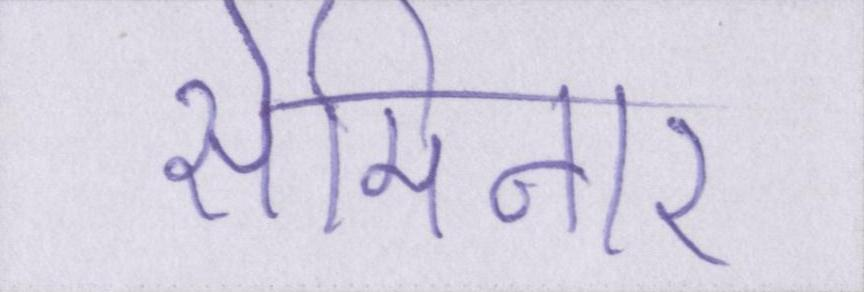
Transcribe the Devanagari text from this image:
सेमिनार